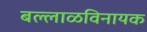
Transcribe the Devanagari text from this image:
बल्लाळविनायक